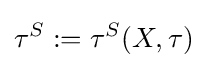
\tau ^{S}:=\tau ^{S}(X,\tau )